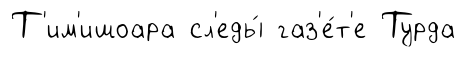
Т'им'ишоара сл'еды́ газ'е́т'е Турда